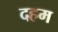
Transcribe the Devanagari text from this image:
दहम